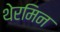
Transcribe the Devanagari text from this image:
थेरमिन